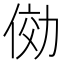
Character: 俲